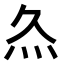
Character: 𤆐